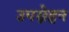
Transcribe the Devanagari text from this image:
उपस्नेहन